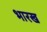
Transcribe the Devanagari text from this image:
भारख